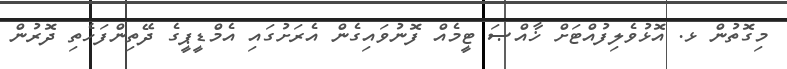
މިގޮތުން ޅ. އޮޅުވެލިފުއްޓަށް ޚާއްޞަ ޓީމެއް ފޮނުވައިގެން އެރަށުގައި އެމްޑީޕީގެ ދޭތިންފަހެތި ދޮރުން